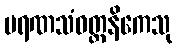
မရဏသံဝတ္တနိကေသု